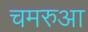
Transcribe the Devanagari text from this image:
चमरुआ